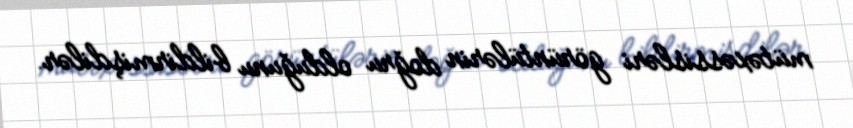
mütəxəssisləri görüntülərin doğru olduğunu bildirmişdilər.